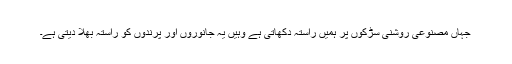
جہاں مصنوعی روشنی سڑکوں پر ہمیں راستہ دکھاتی ہے وہیں یہ جانوروں اور پرندوں کو راستہ بھلا دیتی ہے۔